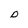
Character: D